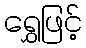
ရွှေဖြင့်